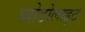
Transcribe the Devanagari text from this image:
थ्योडोलाइट